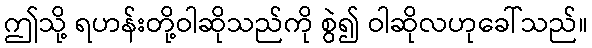
ဤသို့ ရဟန်းတို့ဝါဆိုသည်ကို စွဲ၍ ဝါဆိုလဟုခေါ်သည်။